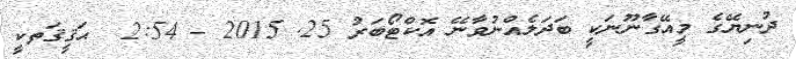
ދުނިޔޭގެ މީއޭގާނޫނަކީ ބަދަލެއްނުވާނޭ އޮކްޓޯބަރު 25